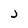
Character: j